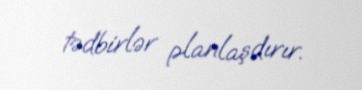
tədbirlər planlaşdırır.